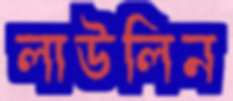
লাউলিন